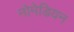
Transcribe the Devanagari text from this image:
नोमेडियन